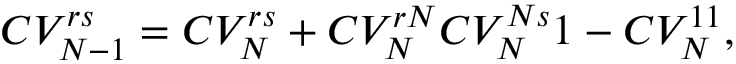
C V _ { N - 1 } ^ { r s } = C V _ { N } ^ { r s } + { C V _ { N } ^ { r N } C V _ { N } ^ { N s } \o 1 - C V _ { N } ^ { 1 1 } } ,